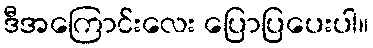
ဒီအကြောင်းလေး ပြောပြပေးပါ။